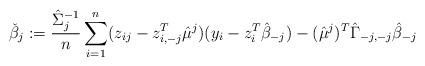
LaTeX: \begin{align*} \check\beta_j := \frac{\hat \Sigma_j^{-1}}{n}\sum_{i=1}^n(z_{ij}-z_{i,-j}^T\hat\mu^j)(y_i-z_i^T\hat\beta_{-j})-(\hat \mu^j)^T\hat \Gamma_{-j,-j}\hat\beta_{-j}\end{align*}